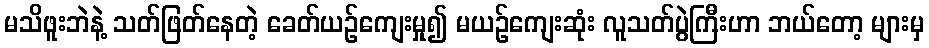
မသိဖူးဘဲနဲ့ သတ်ဖြတ်နေတဲ့ ခေတ်ယဉ်ကျေးမှု၍ မယဉ်ကျေးဆုံး လူသတ်ပွဲကြီးဟာ ဘယ်တော့ များမှ